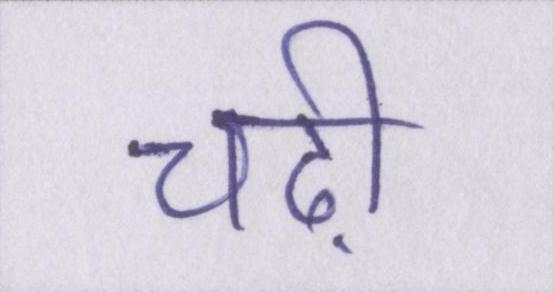
चढ़ी